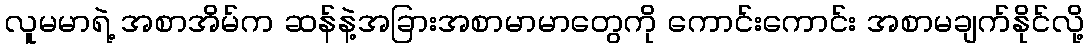
လူမမာရဲ့ အစာအိမ်က ဆန်နဲ့အခြားအစာမာမာတွေကို ကောင်းကောင်း အစာမချက်နိုင်လို့